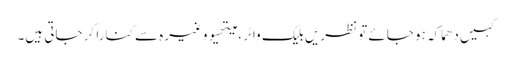
کہیں دھماکہ ہو جائے تو نظریں بلیک واٹر ، میتھیو وغیرہ سے کنارا کر جاتی ہیں۔